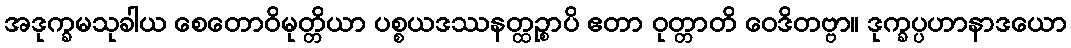
အဒုက္ခမသုခါယ စေတောဝိမုတ္တိယာ ပစ္စယဒဿနတ္ထဉ္စာပိ ဧတာ ဝုတ္တာတိ ဝေဒိတဗ္ဗာ။ ဒုက္ခပ္ပဟာနာဒယော